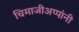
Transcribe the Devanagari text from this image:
चिमाजीअप्पांनी